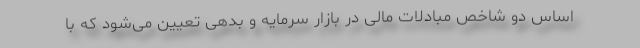
اساس دو شاخص مبادلات مالی در بازار سرمایه و بدهی تعیین می‌شود که با